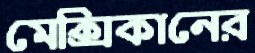
মেক্সিকানের